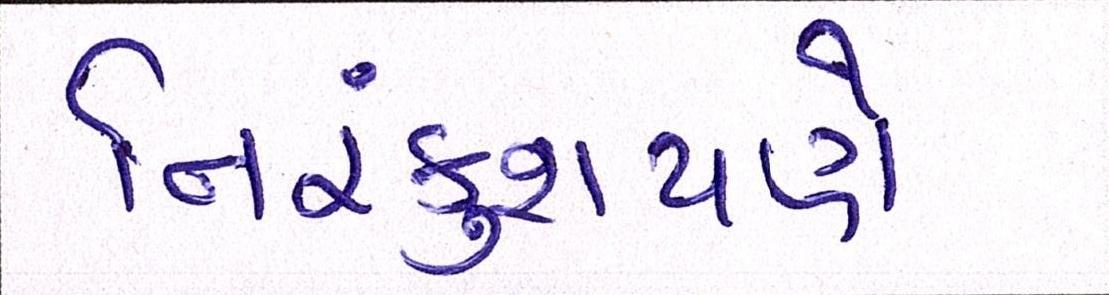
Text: નિરંકુશપણે